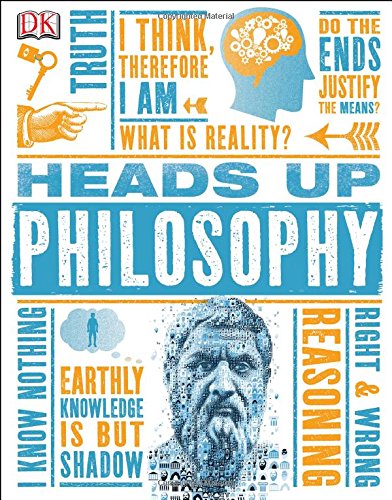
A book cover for Heads Up Philosophy; DK Publishing; Politics & Social Sciences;